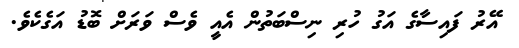
އޭރު ފައިސާގެ އަގު ހުރި ނިސްބަތުން އެއީ ވެސް ވަރަށް ބޮޑު އަގެކެވެ.